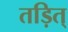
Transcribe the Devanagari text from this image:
तड़ित्‌